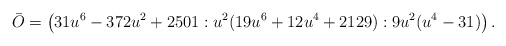
\begin{align*} \bar{O} = \left(31u^6-372u^2+2501 : u^2(19u^6+12u^4+2129) : 9u^2(u^4-31)\right).\end{align*}